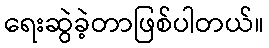
ရေးဆွဲခဲ့တာဖြစ်ပါတယ်။